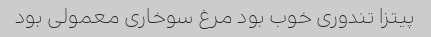
پیتزا تندوری خوب بود مرغ سوخاری معمولی بود